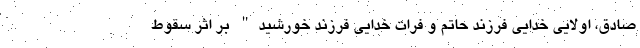
صادق، اولایی خدایی فرزند حاتم و فرات خدایی فرزند خورشید" بر اثر سقوط